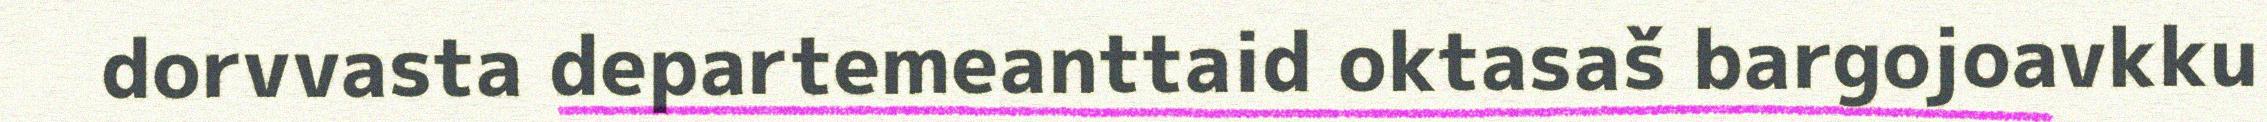
dorvvasta departemeanttaid oktasaš bargojoavkku